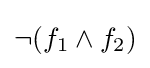
\lnot (f_{1}\land f_{2})